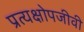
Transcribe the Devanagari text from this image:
प्रत्यक्षोपजीवी